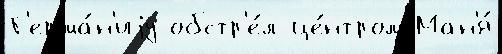
Г'ерма́н'иjу обстр'е́л це́нтром Ман'я́